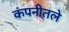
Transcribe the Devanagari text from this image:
कंपनीतले